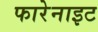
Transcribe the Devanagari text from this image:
फारेनाइट